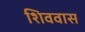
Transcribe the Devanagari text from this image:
शिववास